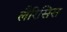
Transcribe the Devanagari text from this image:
लैरिसिस